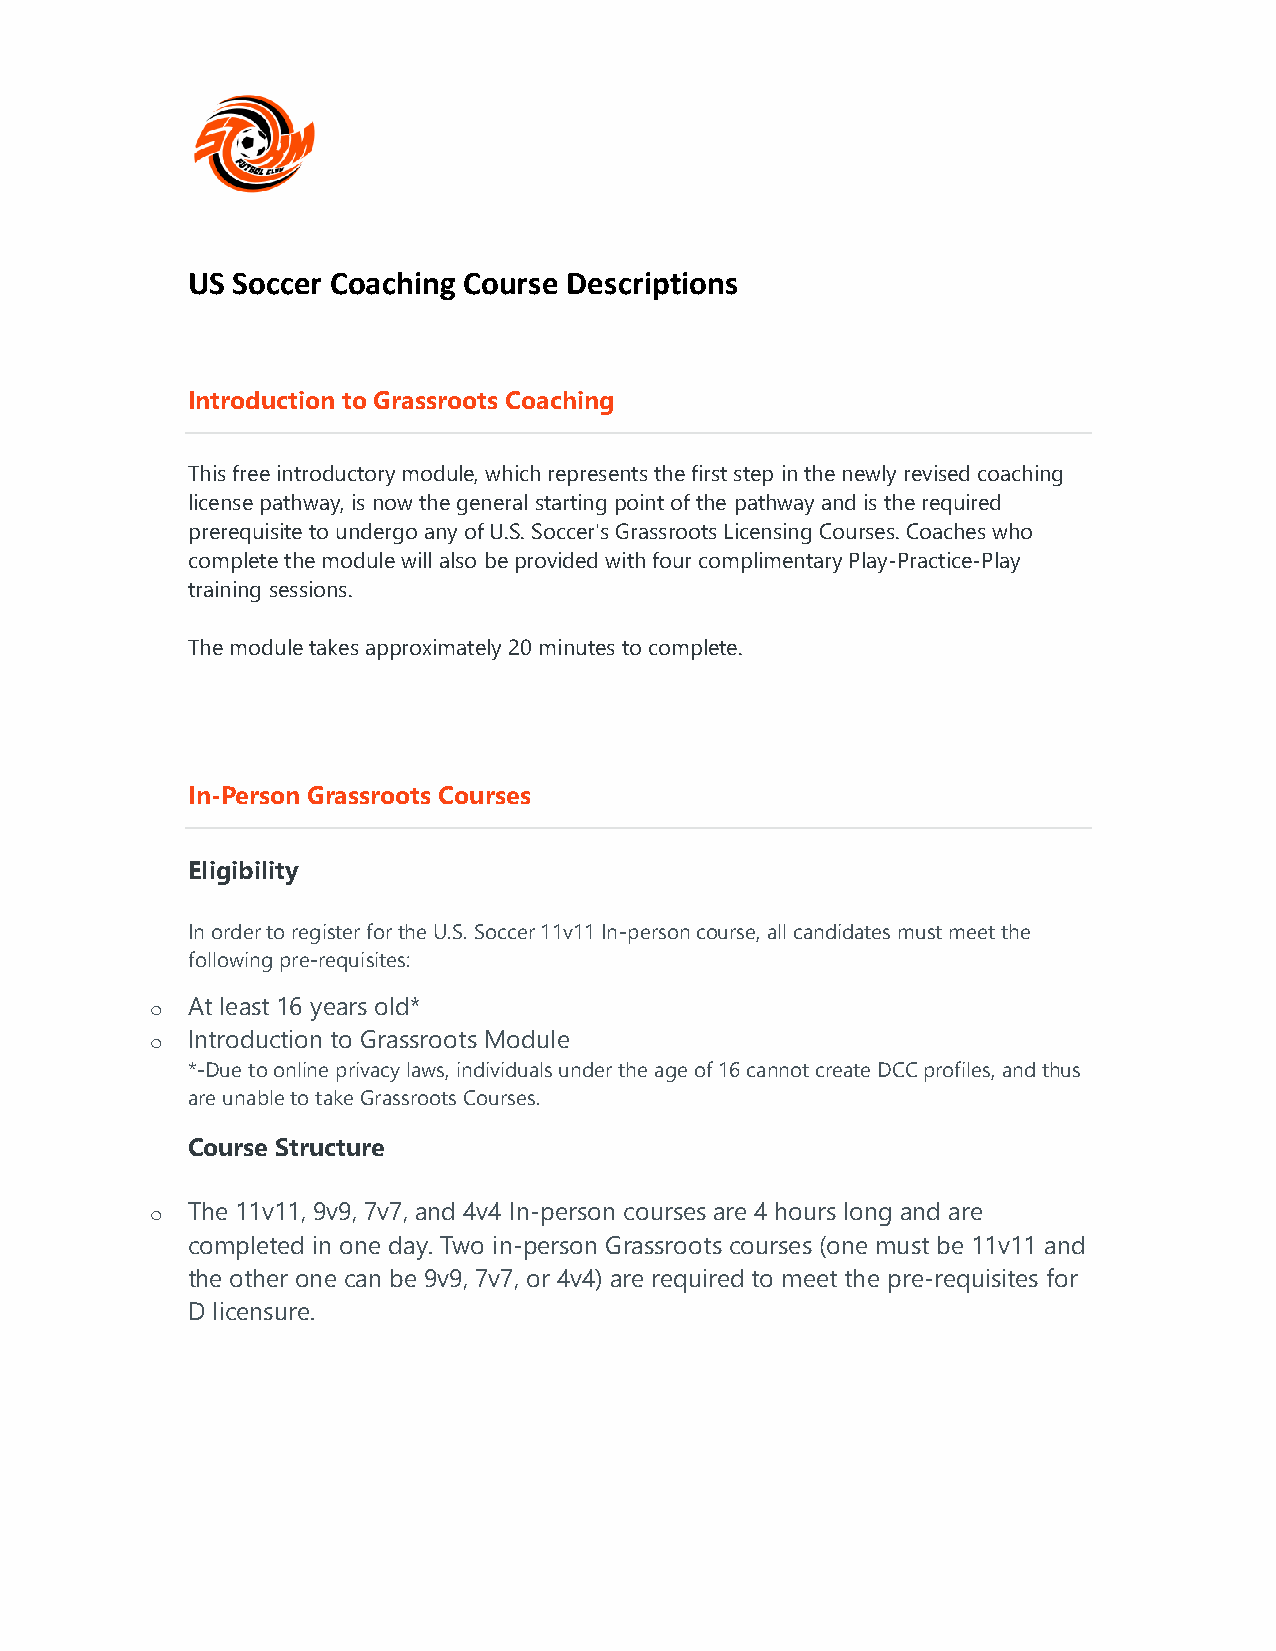
US Soccer Coaching Course Descriptions
 Introduction to Grassroots Coaching
 This free introductory module, which represents the first step in the newly revised coaching
 license pathway, is now the general starting point of the pathway and is the required
 prerequisite to undergo any of U.S. Soccer's Grassroots Licensing Courses. Coaches who
 complete the module will also be provided with four complimentary Play-Practice-Play
 training sessions.
 The module takes approximately 20 minutes to complete.
 In-Person Grassroots Courses
 Eligibility
 In order to register for the U.S. Soccer 11v11 In-person course, all candidates must meet the
 following pre-requisites:
 o At least 16 years old*
 o Introduction to Grassroots Module
 *-Due to online privacy laws, individuals under the age of 16 cannot create DCC profiles, and thus
 are unable to take Grassroots Courses.
 Course Structure
 o The 11v11, 9v9, 7v7, and 4v4 In-person courses are 4 hours long and are
 completed in one day. Two in-person Grassroots courses (one must be 11v11 and
 the other one can be 9v9, 7v7, or 4v4) are required to meet the pre-requisites for
 D licensure.